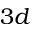
3 d